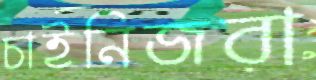
চাইনিজরা